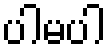
ပါမပါ